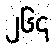
၂၆၄